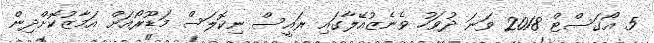
5 އޯގަސްޓް 2018 ވަނަ ދުވަހު ވެނެޒުއޭލާގައި ރައީސް ނިކޮލަސް މަޑޫރޯއަށް އަމާޒުކޮށްދިން